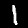
Label: 1